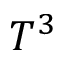
T ^ { 3 }